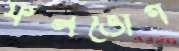
ফলভোগ